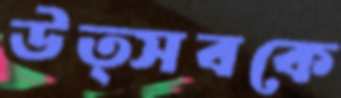
উত্সবকে